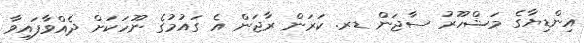
އިންޑިޔާގެ މަޝްހޫރު ސާޖަން ޑރ. ކަރަން ރާޖަން އެ ގައުމުގެ ނޫހަކަށް ދެއްވާފައިވާ